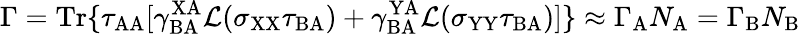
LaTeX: \Gamma=\mathrm{Tr}\{ \tau_{\mathrm{AA}}[\gamma_{\mathrm{BA}}^{\mathrm{XA}}\mathcal{L}(\sigma_{\mathrm{XX}}\tau_{\mathrm{BA}})+\gamma_{\mathrm{BA}}^{\mathrm{YA}}\mathcal{L}(\sigma_{\mathrm{YY}}\tau_{\mathrm{BA}})]\} \approx\Gamma_{\mathrm{A}}N_{\mathrm{A}}=\Gamma_{\mathrm{B}}N_{\mathrm{B}}